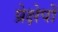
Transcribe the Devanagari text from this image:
प्रेक्षेपों